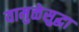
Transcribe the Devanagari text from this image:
यामुळेसुद्धा